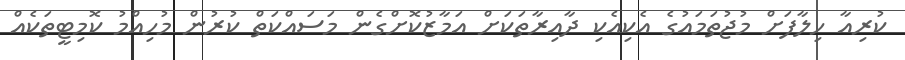
ކުރިއާ ހިލާފަށް މުޖުތަމައުގެ އެކިއެކި ދާއިރާތަކަށް އަމާޒުކޮށްގެން މަސައްކަތް ކުރުން މުހިއްމު ކޮމިޓީތަކެއް